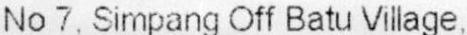
NO 7. SIMPANG OFF BATU VILLAGE.,